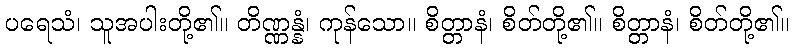
ပရေသံ၊ သူအပါးတို့၏။ တိဏ္ဏန္နံ၊ ကုန်သော။ စိတ္တာနံ၊ စိတ်တို့၏။ စိတ္တာနံ၊ စိတ်တို့၏။